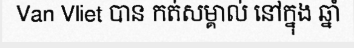
Van Vliet បាន កត់សម្គាល់ នៅក្នុង ឆ្នាំ